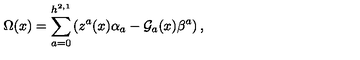
\Omega ( x ) = \sum _ { a = 0 } ^ { h ^ { 2 , 1 } } \left( z ^ { a } ( x ) \alpha _ { a } - { \cal G } _ { a } ( x ) \beta ^ { a } \right) ,